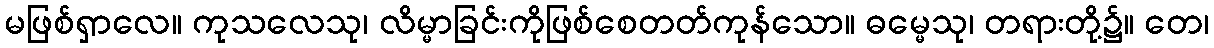
မဖြစ်ရှာလေ။ ကုသလေသု၊ လိမ္မာခြင်းကိုဖြစ်စေတတ်ကုန်သော။ ဓမ္မေသု၊ တရားတို့၌။ တေ၊